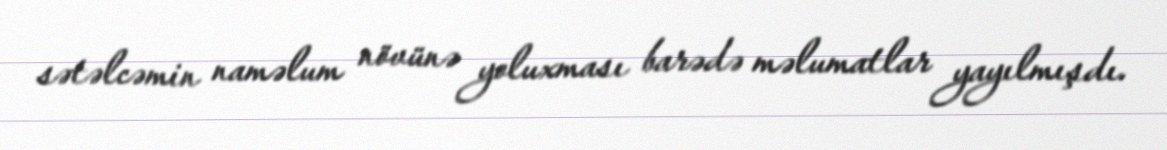
sətəlcəmin naməlum növünə yoluxması barədə məlumatlar yayılmışdı.